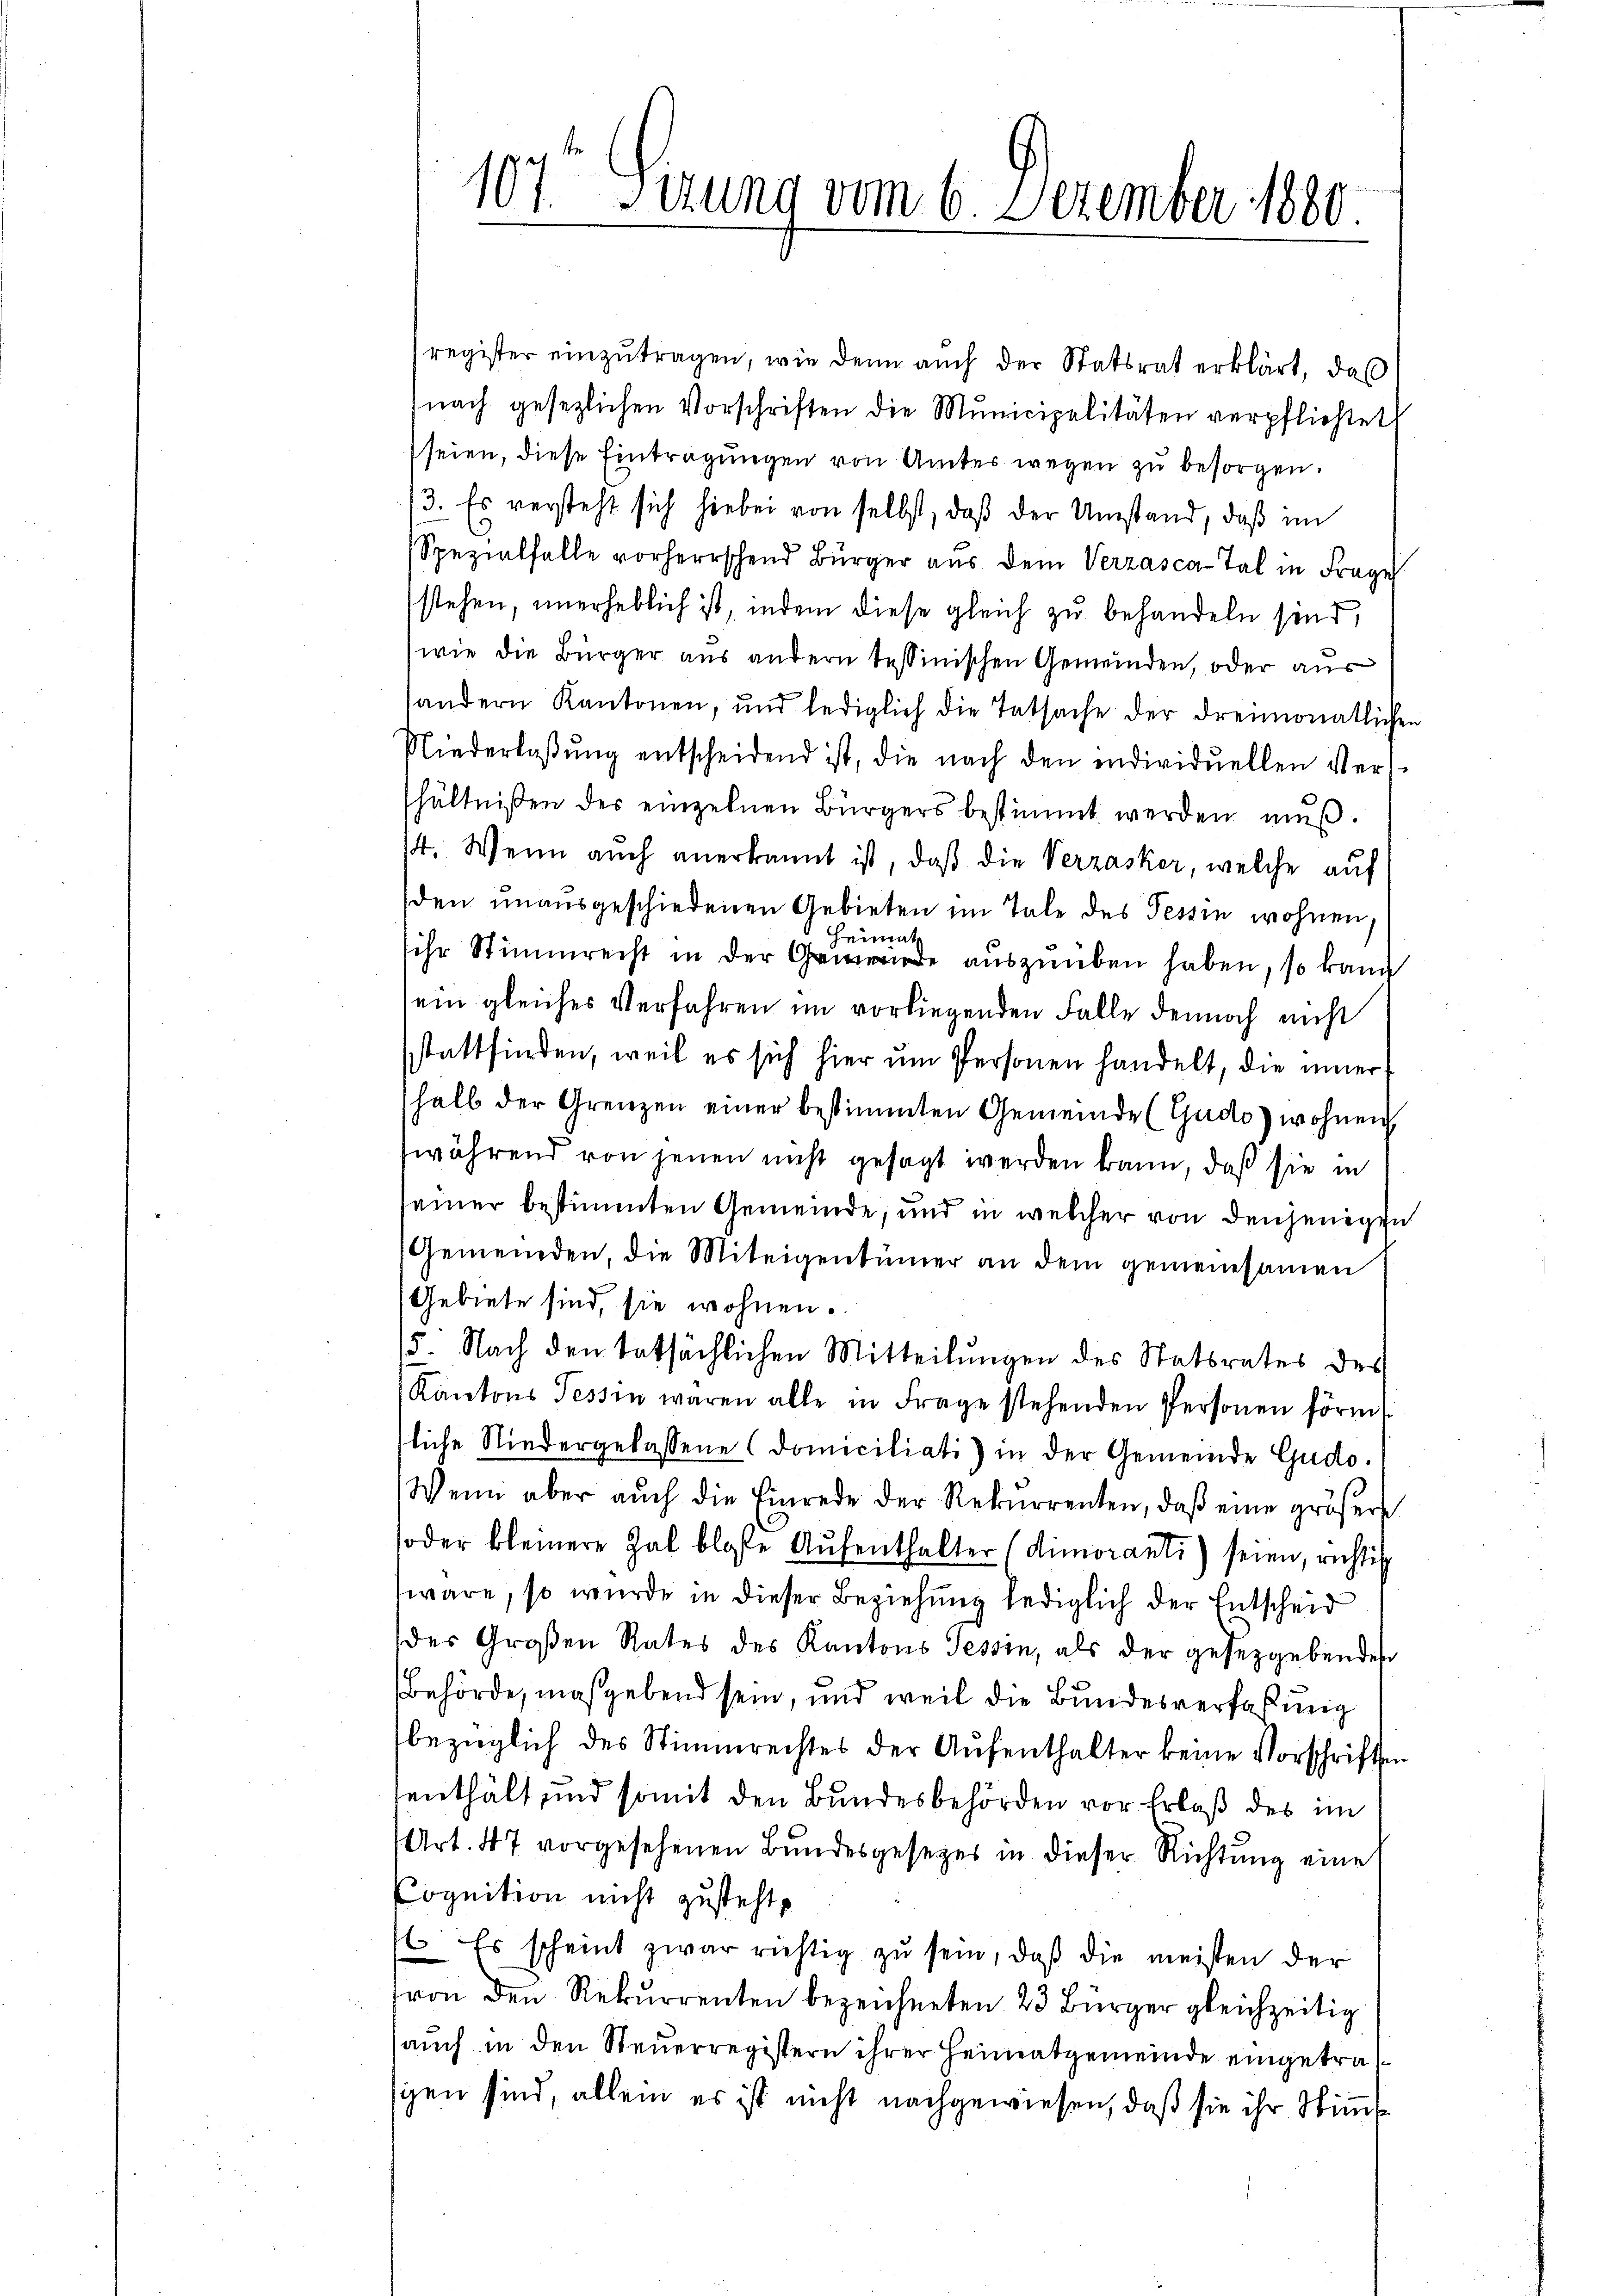
register einzutragen, wie denn auch der Statsrat erklärt, daß
nach gesezlichen Vorschriften die Municipalitäten verpflichtet
(seien, diese Eintragungen von Amtes wegen zu besorgen.
3. Es versteht sich hiebei von selbst, daß der Umstand, daß im
Spezialfalle vorherrschend Bürger aus dem Verzasca-Tal in Frage
stehen, unerheblich ist, indem diese gleich zu behandeln sind,
wie die Bürger aus andern tessinischen Gemeinden, oder aus
andern Kantonen, und lediglich die Tatsache der dreimonatlichen
Niederlaβŭng entscheidend ist, die nach den individuellen Ver-
hältnißen der einzelnen Bürgers bestimmt werden muß.
4. Wenn auch anerkannt ist, daß die Verzasker, welche auf
den unausgeschiedenen Gebieten im Tale des Tessin wohnen,
rat.
lein
sihr Stimmrecht in der Gemeinde auszuüben haben, so kann
sein gleiches Verfahren im vorliegenden Falle dennoch nicht
stattfinden, weil es sich hier um Personen handelt, die inner
halb der Grenzen einer bestimmten Gemeinde (Gudo) wohnen
während von jenen nicht gesagt werden kann, daß sie in
seiner bestimmten Gemeinde, und in welcher von denjenigen
Gemeinden, die Miteigentümer an dem gemeinsamen
Gebiete sind, sie wohnen.
15. Nach den tatsächlichen Mitteilungen des Statsrates des
Kantons Tessin waren alle in Frage stehenden Personen förmt.
liche Niedergelassene (domiciliati) in der Gemeinde Gudo.
Wenn aber aŭch die Einrede der Rekurrenten, daβ eine größere
oder kleinere Zal blosse Aŭfenthalter (dimoranti) seien, richtig
wäre, so wurde in dieser Beziehung lediglich der Entscheid
des Großen Rates des Kantons Tessin, als der gesetzgebendes
Behörde, maßgebend sein, und weil die Bundesverfaßung
bezüglich des Stimmrechtes der Aufenthalter keine Vorschriften
senthält und somit den Bundesbehörden vor Erlaß des im
Art. 47 vorgesehenen Bundesgesetzes in dieser Richtung eine
Cognition nicht zusteht,
1. Es scheint zwar richtig zu sein, daß die meisten der
von den Rekurrenten bezeichneten 23 Bürger gleichzeitig
auch in den Steuerregistern ihrer Heimatgemeinde eingetra
ggen sind, allein es ist nicht nachgewiesen, daß sie ihr Stimmte

107 Serung vom 6. Dezember 1880.